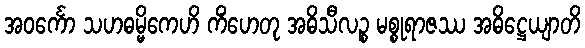
အဝင်္ကော သဟဓမ္မိကေဟိ ကိံဟေတု အဓိသီလဉ္စ မစ္စုရာဇဿ အဓိဋ္ဌေယျာတိ